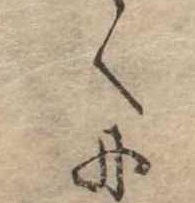
くに